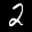
Label: 2